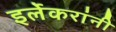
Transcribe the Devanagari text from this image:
इर्लेकरांनी